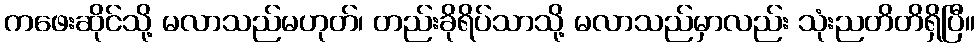
ကဖေးဆိုင်သို့ မလာသည်မဟုတ်၊ တည်းခိုရိပ်သာသို့ မလာသည်မှာလည်း သုံးညတိတိရှိပြီ။